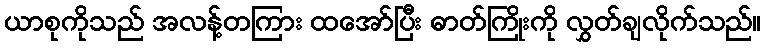
ယာစုကိုသည် အလန့်တကြား ထအော်ပြီး ဓာတ်ကြိုးကို လွှတ်ချလိုက်သည်။